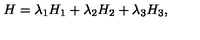
H = \lambda _ { 1 } H _ { 1 } + \lambda _ { 2 } H _ { 2 } + \lambda _ { 3 } H _ { 3 } ,